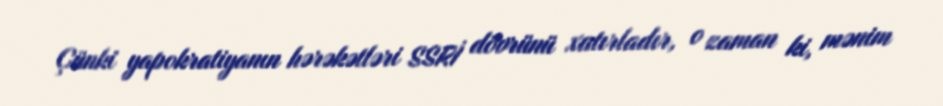
Çünki yapokratiyanın hərəkətləri SSRİ dövrünü xatırladır, o zaman ki, mənim